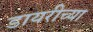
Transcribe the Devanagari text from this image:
डायरीच्या